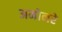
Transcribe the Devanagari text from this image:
अमोनरे